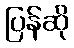
ပြန်ဆို